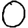
Digit: 0